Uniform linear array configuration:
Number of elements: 48
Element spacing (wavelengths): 0.25
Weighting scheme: uniform
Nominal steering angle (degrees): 15
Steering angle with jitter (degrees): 14.705
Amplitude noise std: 0.05
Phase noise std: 0.05

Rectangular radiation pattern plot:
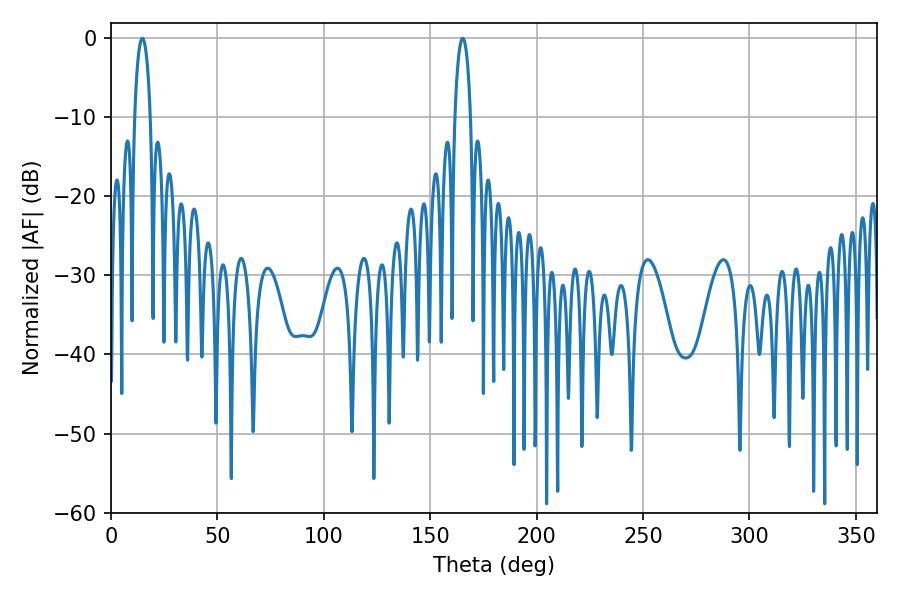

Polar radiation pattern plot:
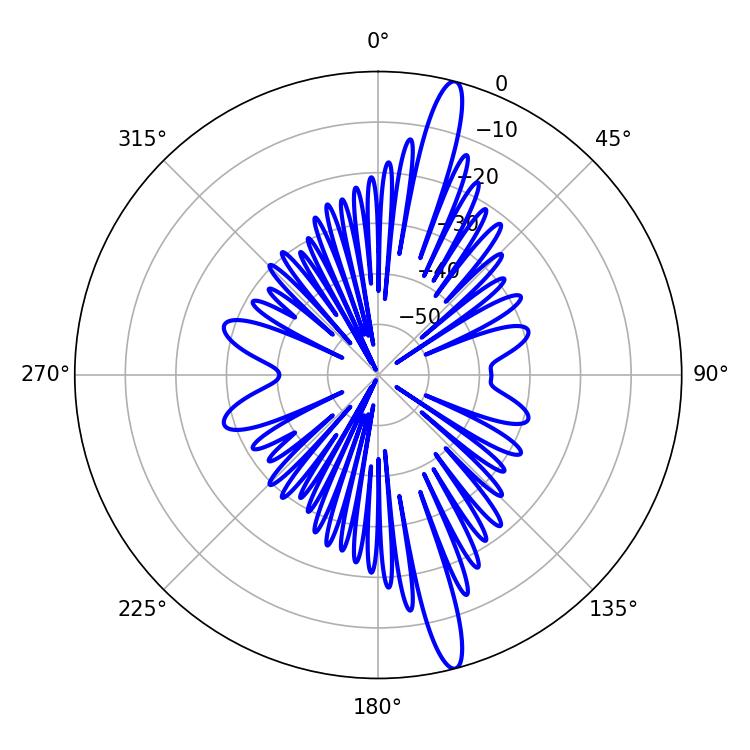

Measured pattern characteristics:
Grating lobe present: FALSE
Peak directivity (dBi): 16.642
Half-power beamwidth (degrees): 4.32
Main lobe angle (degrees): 14.76